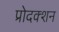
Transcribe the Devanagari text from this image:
प्रोदक्शन